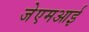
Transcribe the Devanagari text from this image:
जेएमआई